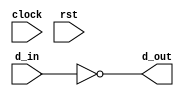
// This program was cloned from: https://github.com/haojunliu/OpenFPGA
// License: BSD 2-Clause "Simplified" License

module wide_inv
(
    d_in,
    d_out,
    clock,
    rst
);
    input clock;
    input rst;
    input [31:0] d_in;

    output [31:0] d_out;

    assign d_out = ~d_in;

endmodule